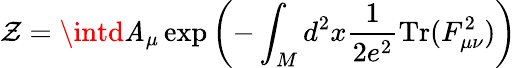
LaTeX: \mathcal{Z}=\intd\mathit{A}_{\mu}\exp\left(-\int_{M}d^{2}x\frac{{1}}{{2e^{2}}}\mathrm{{Tr}}(F_{\mu\nu}^{2})\right)